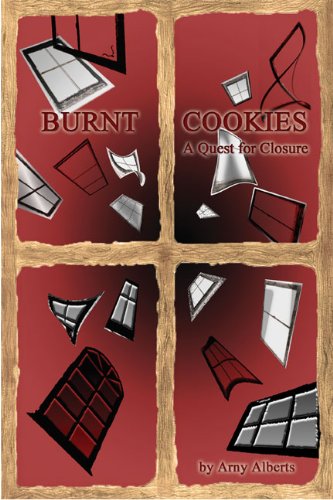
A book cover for Burnt Cookies; Arny Alberts; Teen & Young Adult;